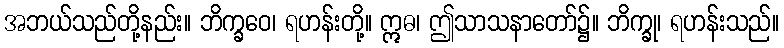
အဘယ်သည်တို့နည်း။ ဘိက္ခဝေ၊ ရဟန်းတို့။ ဣဓ၊ ဤသာသနာတော်၌။ ဘိက္ခု၊ ရဟန်းသည်။